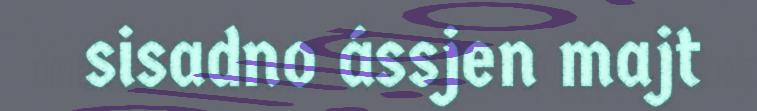
sisadno ássjen majt